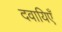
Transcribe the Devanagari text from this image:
दवायिएँ